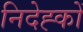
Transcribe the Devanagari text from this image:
निदेह्कों